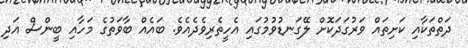
ދަތްތަކާއި ކަށިތައް ވަރުގަދަކޮށް ލޭގަނޑުވުމުގައި އެހީތެރިވެދެއެވެ. ބައެއް ބާވަތުގެ މަހާއި ބީންސް އަދި